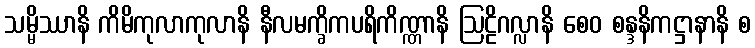
သမ္မိဿာနိ ကိမိကုလာကုလာနိ နီလမက္ခိကပရိကိဏ္ဏာနိ ဩဠိဂလ္လာနိ စေဝ စန္ဒနိကဋ္ဌာနာနိ စ